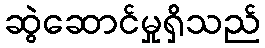
ဆွဲဆောင်မှုရှိသည်